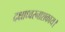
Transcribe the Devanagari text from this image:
दक्षाध्वरनाशकाय।